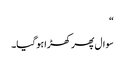
“
سوال پھر کھڑا ہوگیا۔